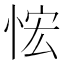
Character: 𰑤